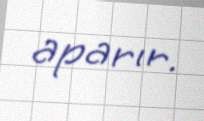
aparır.